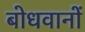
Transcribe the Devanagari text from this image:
बोधवानों